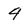
Character: 4